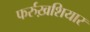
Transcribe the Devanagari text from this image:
फर्रुख़शियार